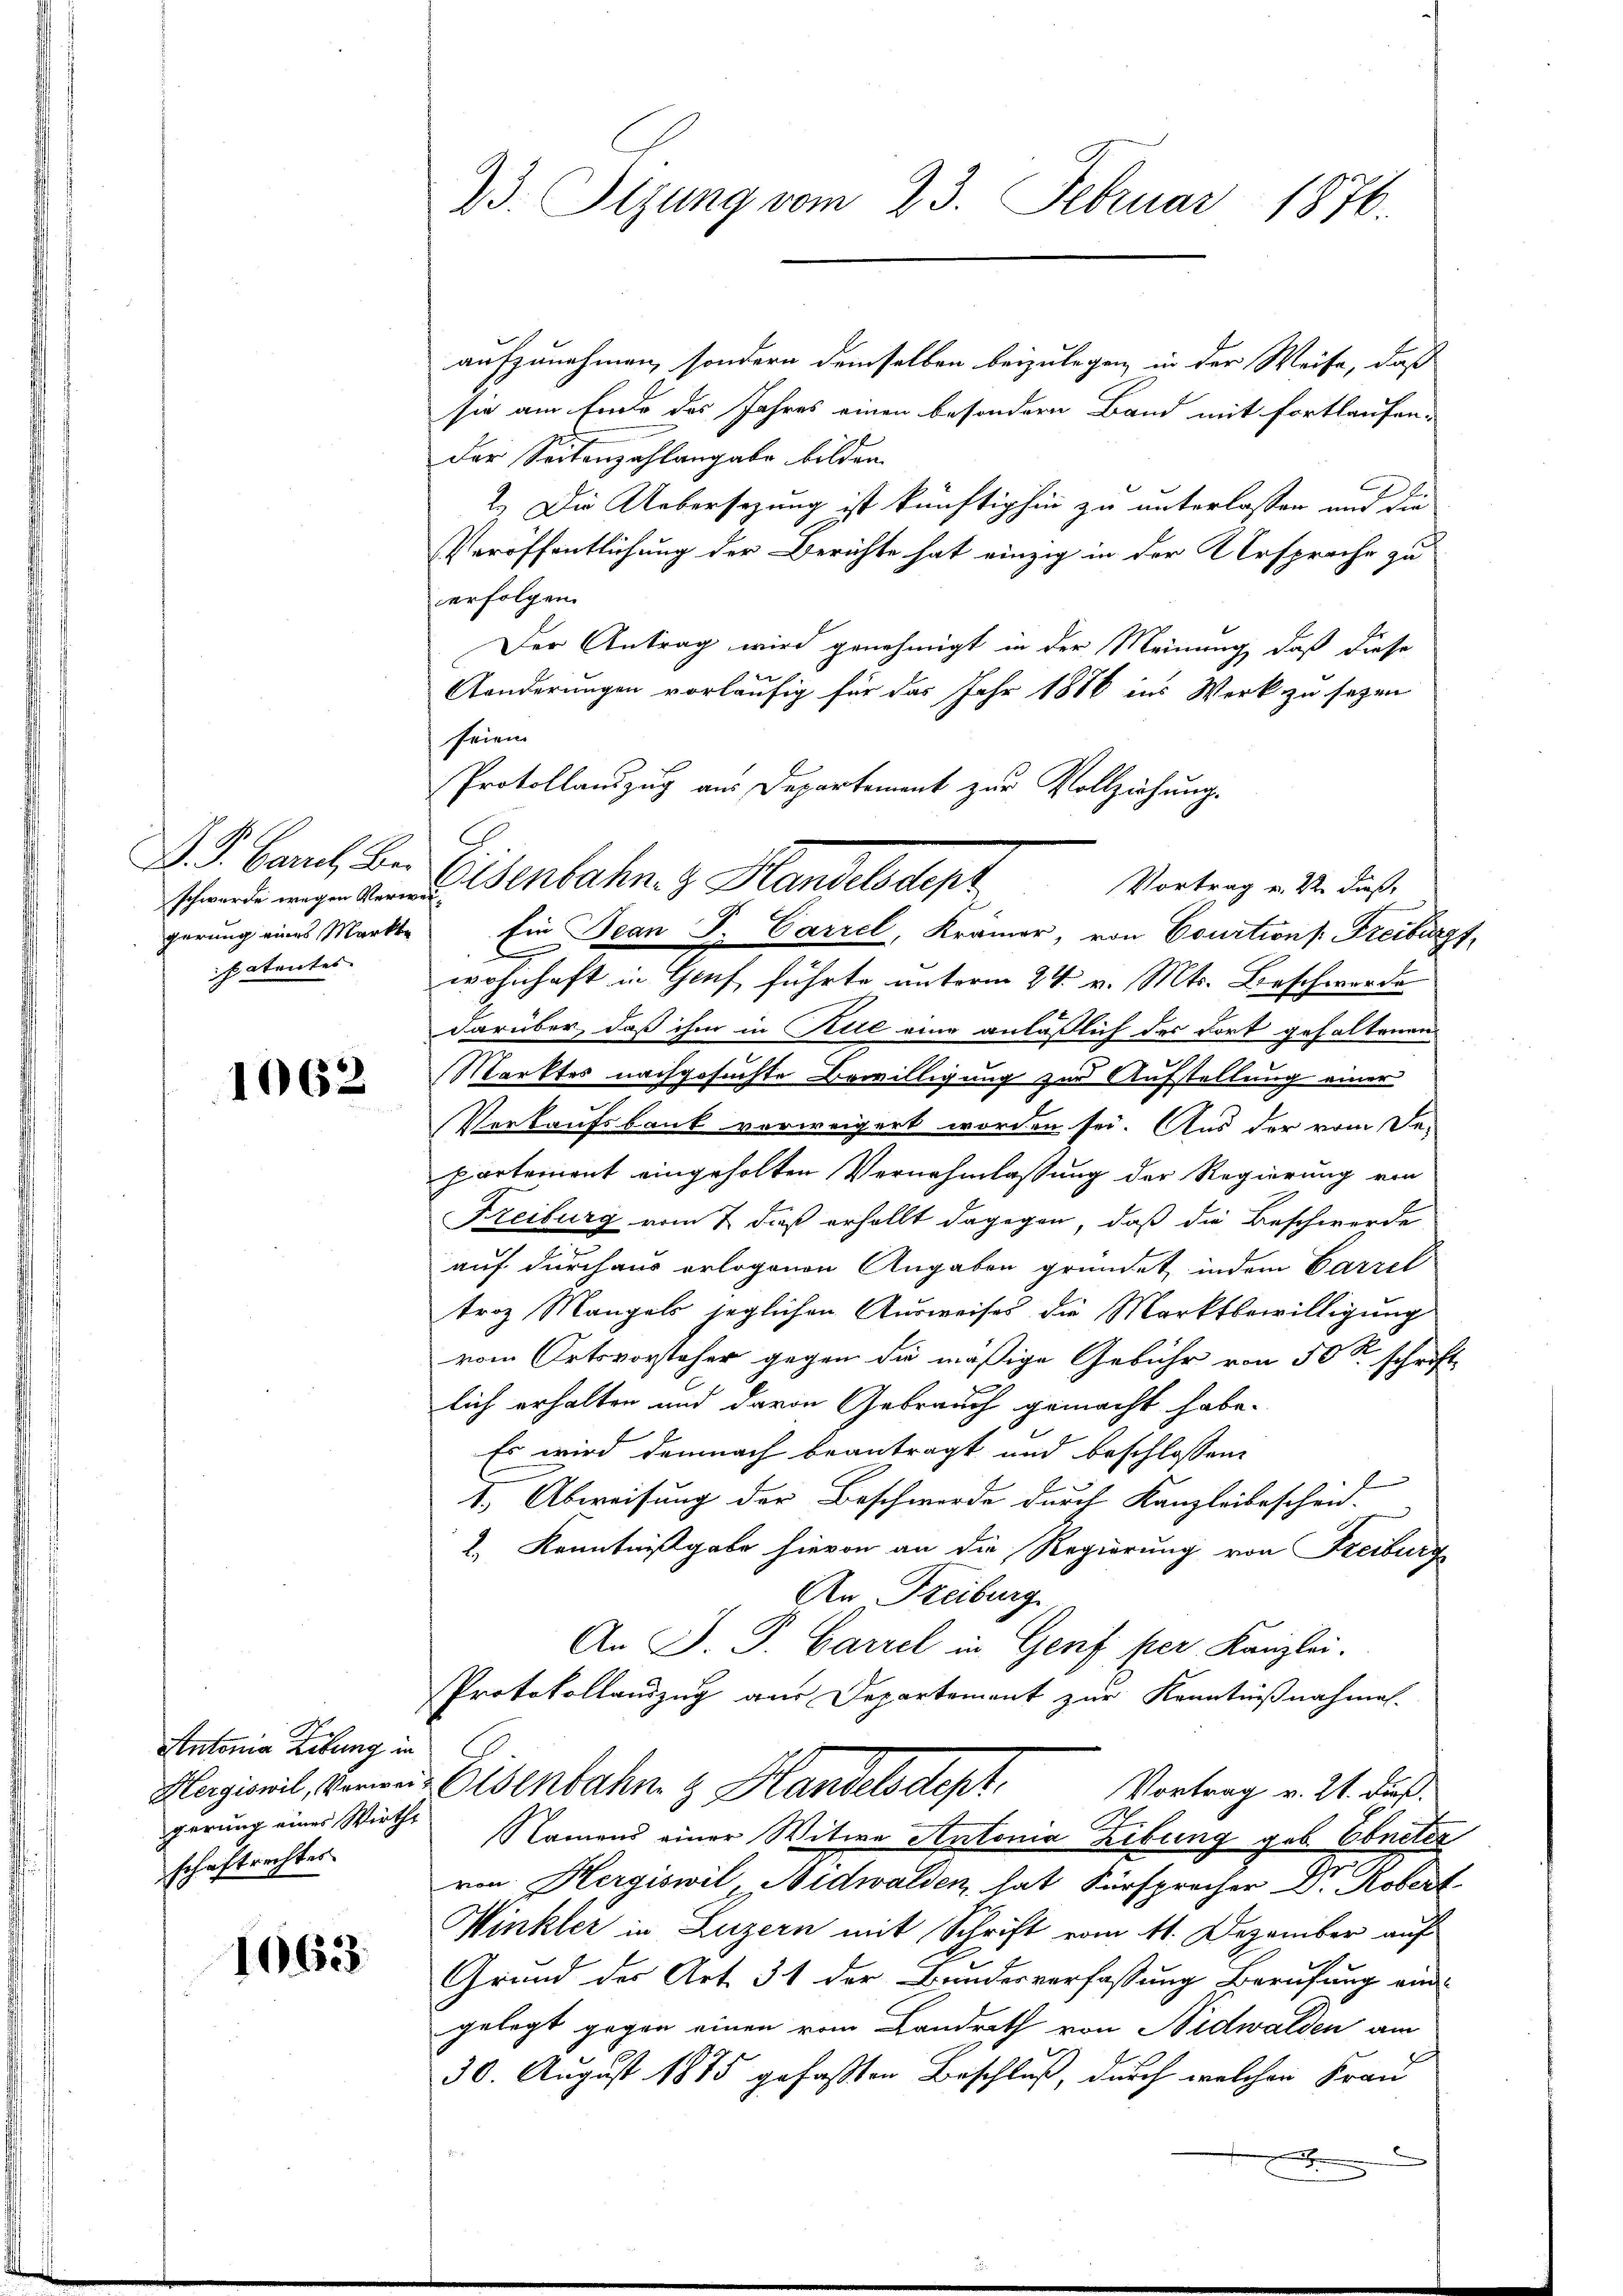
D. P. Carl Bogerung eines Markte
patentes.

1062

Antonia Libung in
Hergiswil, Vorwei
gerung eines Wirthe
schaftrechtes

1663.

23. Sizung vom 23. Februar 1876.

aufzunehmen, sondern demselben beizulegen in der Weise, daß
sie am Ende des Jahres einen besondern Band mit fortlaufen-
der Seitenzahlangabe bilden.
2.) Die Uebersezung ist künftighin zu unterlassen und die
Veröffentlichung der Berichte hat einzig in der Ursprache zu
erfolgen.
Der Antrag wird genehmigt in der Meinung, daß diese
4
Anderungen vorläufig für das Jahr 1886 ins Werk zu sezen
seien
Protollauszug aus Departement zur Vollziehung.
Ein Jean J. Carrel, Krämer, von Courtions Freiburg,
wohnhaft in Genf führte unterm 24. v. Mts. Beschwerde
darüber, daß ihm in Pitte eine anläßlich des dort gehaltenen
Marktes nachgesuchte Bewilligung zur Aufstellung einer
Verkaufsbank vorweigert worden sei. Aus der vom De-
partement eingeholten Vernehmlassung der Regierung von
Freiburg vom 2. daß erhellt dagegen, daß die Beschwerde
auf durchaus erlogenen Angaben gründet indem Parzel
troz Mangels jeglichen Ausweises die Marktbewilligung
vom Ortsvorsteher gegen die mäßige Gebühr von 50 S schrift
lich erhalten und davon Gebrauch gemacht habe.
Es wird demnach beantragt und beschlossen:
1. Abweisung der Beschwerde durch Kanzleibescheid.
2. Kenntnißgabe hievon an die Regierung von Freiburg
An Freiburg
An J. P. Garzel in Genf per Kanzlei.
Protokollauszug aus Departement zur Kenntnißnahmal-
Eisenbahn z. Handelsdept.
Vortrag v. 21. Fuß.
Namens einer Witwe Antonia Libung geb. Ebneter
von Hergiswil, Nidwalden, hat Fürsprecher Dr. Robert
Winkler in Luzern mit Schrift vom 11. Dezember auf
Grund der Art. 31 der Bundesverfassung Berufung ein-
gelegt gegen einen vom Landrath von Nidwalden am
30. August 1875 gefaßten Beschluß, durch welchen Frau

Vortrag u. 22. dieß,
shande wie an Senbahn z. Handelsdepr

.